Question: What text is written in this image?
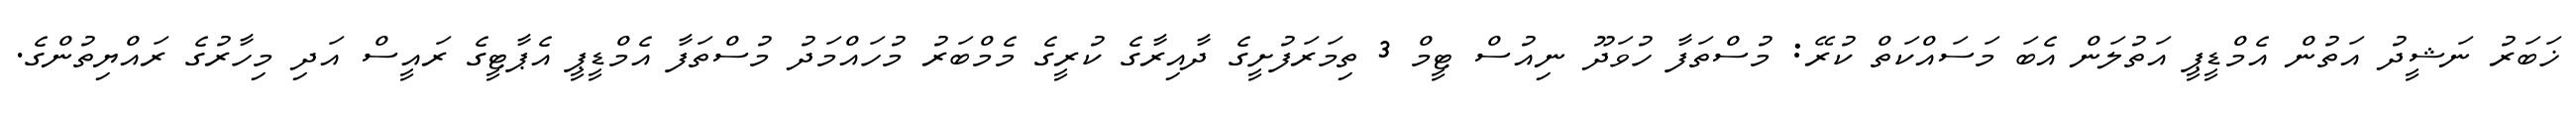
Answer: ޚަބަރު ނަޝީދު އަތުން އެމްޑީޕީ އަތުލަން އެބަ މަސައްކަތް ކުރޭ: މުސްތަފާ ހުވަދޫ ނިއުސް ޓީމް 3 ތިމަރަފުށީގެ ދާއިރާގެ ކުރީގެ މެމްބަރު މުހައްމަދު މުސްތަފާ އެމްޑީޕީ އެޕާޓީގެ ރައީސް އަދި މިހާރުގެ ރައްޔިތުންގެ.